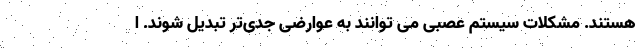
هستند. مشکلات سیستم عصبی می توانند به عوارضی جدی‌تر تبدیل شوند. ا